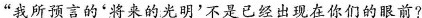
”我所预言的*将来的光明'不是已经出现在你们的眼前?